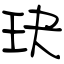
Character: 玦